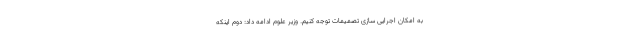
به امکان اجرایی سازی تصمیمات توجه کنیم. وزیر علوم ادامه داد: دوم اینکه